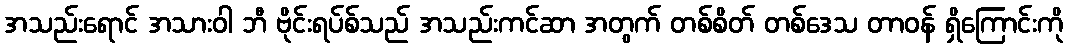
အသည်းရောင် အသားဝါ ဘီ ဗိုင်းရပ်စ်သည် အသည်းကင်ဆာ အတွက် တစ်စိတ် တစ်ဒေသ တာဝန် ရှိကြောင်းကို